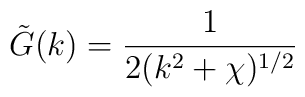
\tilde{G} (k) = {1 \over 2 (k^2 + \chi)^{1/2}}